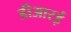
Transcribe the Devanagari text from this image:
डीआरई